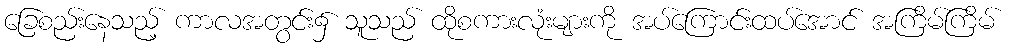
ခြေစည်းနေသည့် ကာလအတွင်း၌ သူသည် ထိုစကားလုံးများကို အပ်ကြောင်းထပ်အောင် အကြိမ်ကြိမ်